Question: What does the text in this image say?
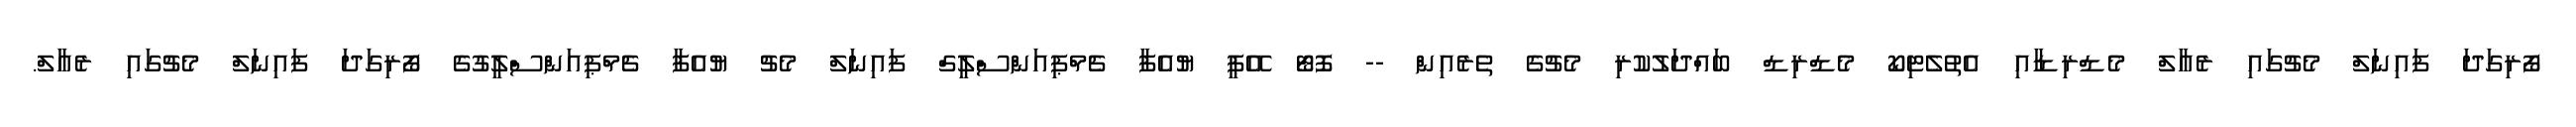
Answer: ފޯރިގަދަ ފައިނަލް މެޗުގައި ރެއާލް މެޑްރިޑާއި އެތުލެޓިކޯ މެޑްރިޑް ބައްދަލުކުރި މެޗުގެ ތެރެއިން -- ފޮޓޯ އޭޕީ ޔުއެފާ ޗެމްޕިއަންސްލީގް ފައިނަލް މެޗު ޔުއެފާ ޗެމްޕިއަންސްލީގުގެ ފޯރިގަދަ ފައިނަލް މެޗުގައި ރެއާލް.